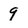
Character: 9